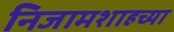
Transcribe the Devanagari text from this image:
निजामशाहच्या